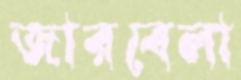
জারবেলা